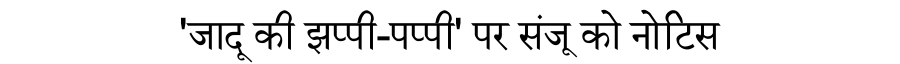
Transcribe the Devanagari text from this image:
'जादू की झप्पी-पप्पी' पर संजू को नोटिस